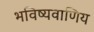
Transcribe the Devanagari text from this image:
भविष्यवाणिय